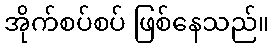
အိုက်စပ်စပ် ဖြစ်နေသည်။